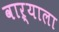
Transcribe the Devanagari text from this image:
वाऱ्याला